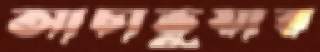
আচাভুয়ার